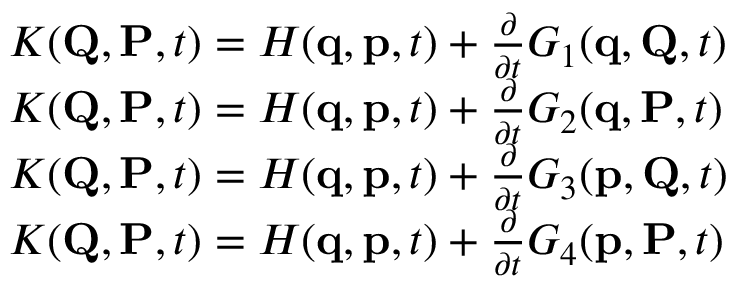
{ \begin{array} { r l } & { K ( \mathbf { Q } , \mathbf { P } , t ) = H ( \mathbf { q } , \mathbf { p } , t ) + { \frac { \partial } { \partial t } } G _ { 1 } ( \mathbf { q } , \mathbf { Q } , t ) } \\ & { K ( \mathbf { Q } , \mathbf { P } , t ) = H ( \mathbf { q } , \mathbf { p } , t ) + { \frac { \partial } { \partial t } } G _ { 2 } ( \mathbf { q } , \mathbf { P } , t ) } \\ & { K ( \mathbf { Q } , \mathbf { P } , t ) = H ( \mathbf { q } , \mathbf { p } , t ) + { \frac { \partial } { \partial t } } G _ { 3 } ( \mathbf { p } , \mathbf { Q } , t ) } \\ & { K ( \mathbf { Q } , \mathbf { P } , t ) = H ( \mathbf { q } , \mathbf { p } , t ) + { \frac { \partial } { \partial t } } G _ { 4 } ( \mathbf { p } , \mathbf { P } , t ) } \end{array} }